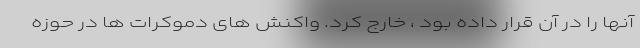
آنها را در آن قرار داده بود ، خارج کرد. واکنش های دموکرات ها در حوزه